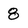
Character: 8